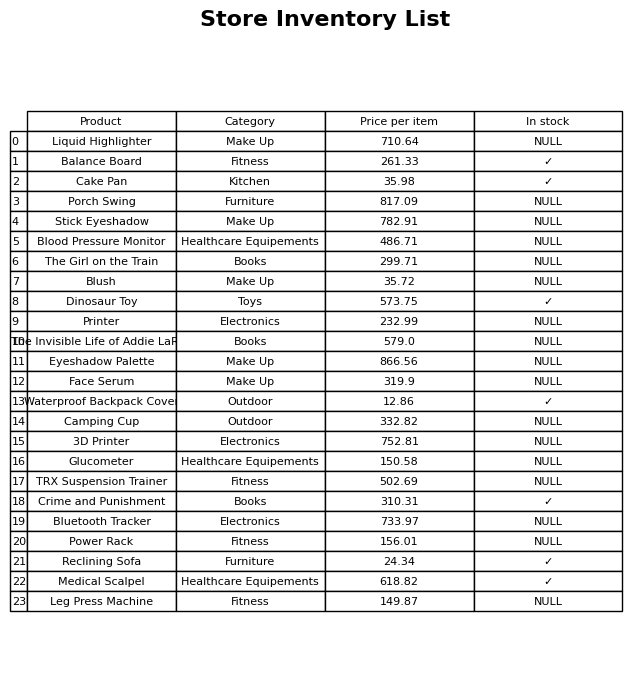
question: Is the Power Rack in stock?
answer: NULL